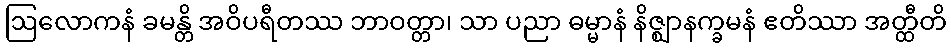
ဩလောကနံ ခမန္တိ အဝိပရီတဿ ဘာဝတ္တာ၊ သာ ပညာ ဓမ္မာနံ နိဇ္ဈာနက္ခမနံ ဧတိဿာ အတ္ထီတိ